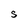
Character: S